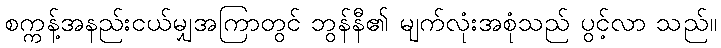
စက္ကန့်အနည်းငယ်မျှအကြာတွင် ဘွန်နီ၏ မျက်လုံးအစုံသည် ပွင့်လာ သည်။